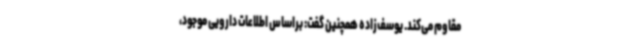
مقاوم می‌کند. یوسف‌زاده همچنین گفت: براساس اطلاعات دارویی موجود،